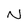
Character: N